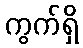
ကွက်ရှိ